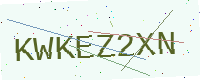
Text: KWKEZ2XN